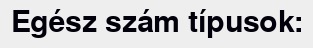
Egész szám típusok: